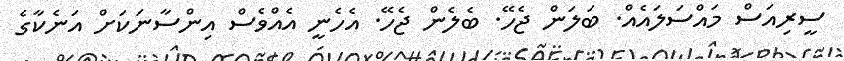
ސީރިއަސް މައްސަލައެއް. ބަލަން ޖެހޭ. ބެލެން ޖެހޭ. އެހެނީ އެއްވެސް އިންސާނަކަށް އަނެކާގެ